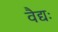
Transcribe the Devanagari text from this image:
वैद्यः